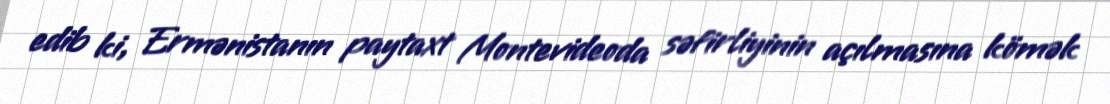
edib ki, Ermənistanın paytaxt Montevideoda səfirliyinin açılmasına kömək